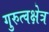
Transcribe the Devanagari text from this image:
गुरुत्वक्षेत्र